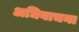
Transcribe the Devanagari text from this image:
अधियाचना